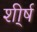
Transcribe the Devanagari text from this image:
शी्र्ष